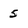
Character: 5